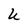
Character: U